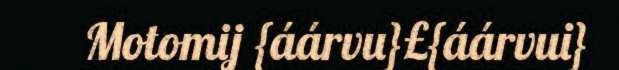
Motomij {áárvu}£{áárvui}